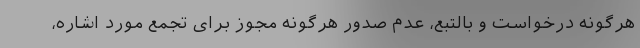
هرگونه درخواست و بالتبع، عدم صدور هرگونه مجوز برای تجمع مورد اشاره،